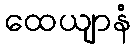
ထေယျာနံ